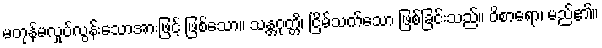
မတုန်မလှုပ်လွန်းသောအားဖြင့် ဖြစ်သော။ သန္တဝုတ္တိ၊ ငြိမ်သက်သော ဖြစ်ခြင်းသည်။ ဝိစာရော၊ မည်၏။